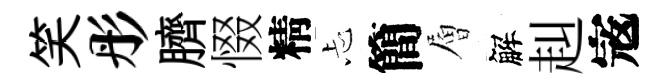
笑彤臍惙精忐簡層解赳𡨥